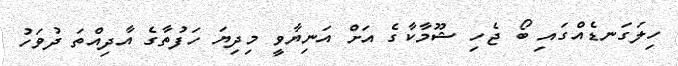
ހިލަގަނޑެއްގައި ބޯ ޖެހި ޝޫމާކާގެ އަށް އަނިޔާވީ މިދިޔަ ހަފުތާގެ އާދިއްތަ ދުވަހު